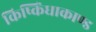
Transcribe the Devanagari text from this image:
किष्किंधाकाण्ड